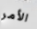
الأمر